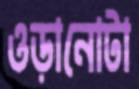
ওড়ানোটা